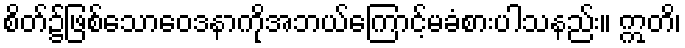
စိတ်၌ဖြစ်သောဝေဒနာကိုအဘယ်ကြောင့်မခံစားပါသနည်း။ ဣတိ၊